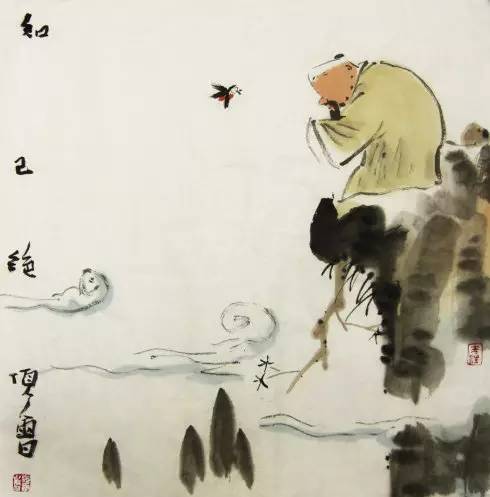
听人以言，乐于钟鼓琴瑟。